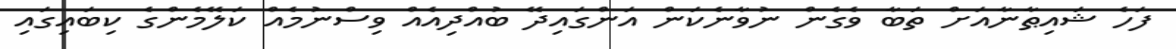
ފަހެ ޝައިޠާނާއަށް ތަބާ ވެގެން ނުވާނެކަން އަންގައިދޭ ބުއްދިއެއް ވިސްނުމެއް ކަލޭމެންގެ ކިބައިގައި